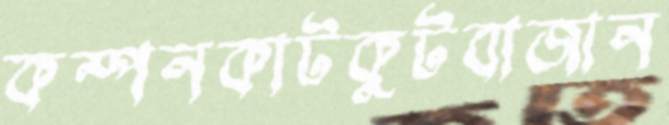
কম্পনকাটকুটবাজান